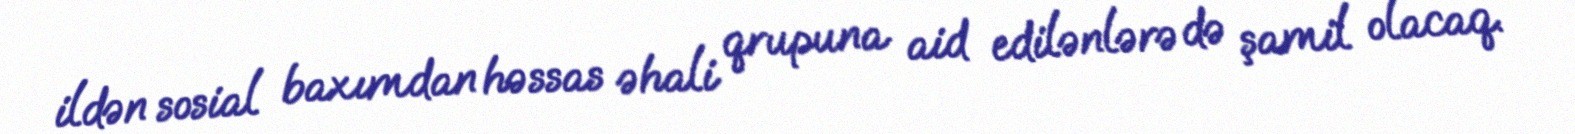
ildən sosial baxımdan həssas əhali qrupuna aid edilənlərə də şamil olacaq.